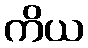
ကိယ